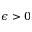
\epsilon > 0